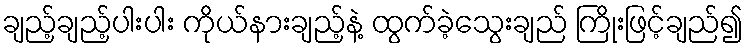
ချည့်ချည့်ပါးပါး ကိုယ်နားချည့်နဲ့ ထွက်ခဲ့သွေးချည် ကြိုးဖြင့်ချည်၍